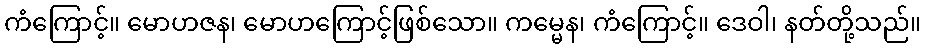
ကံကြောင့်။ မောဟဇန၊ မောဟကြောင့်ဖြစ်သော။ ကမ္မေန၊ ကံကြောင့်။ ဒေဝါ၊ နတ်တို့သည်။